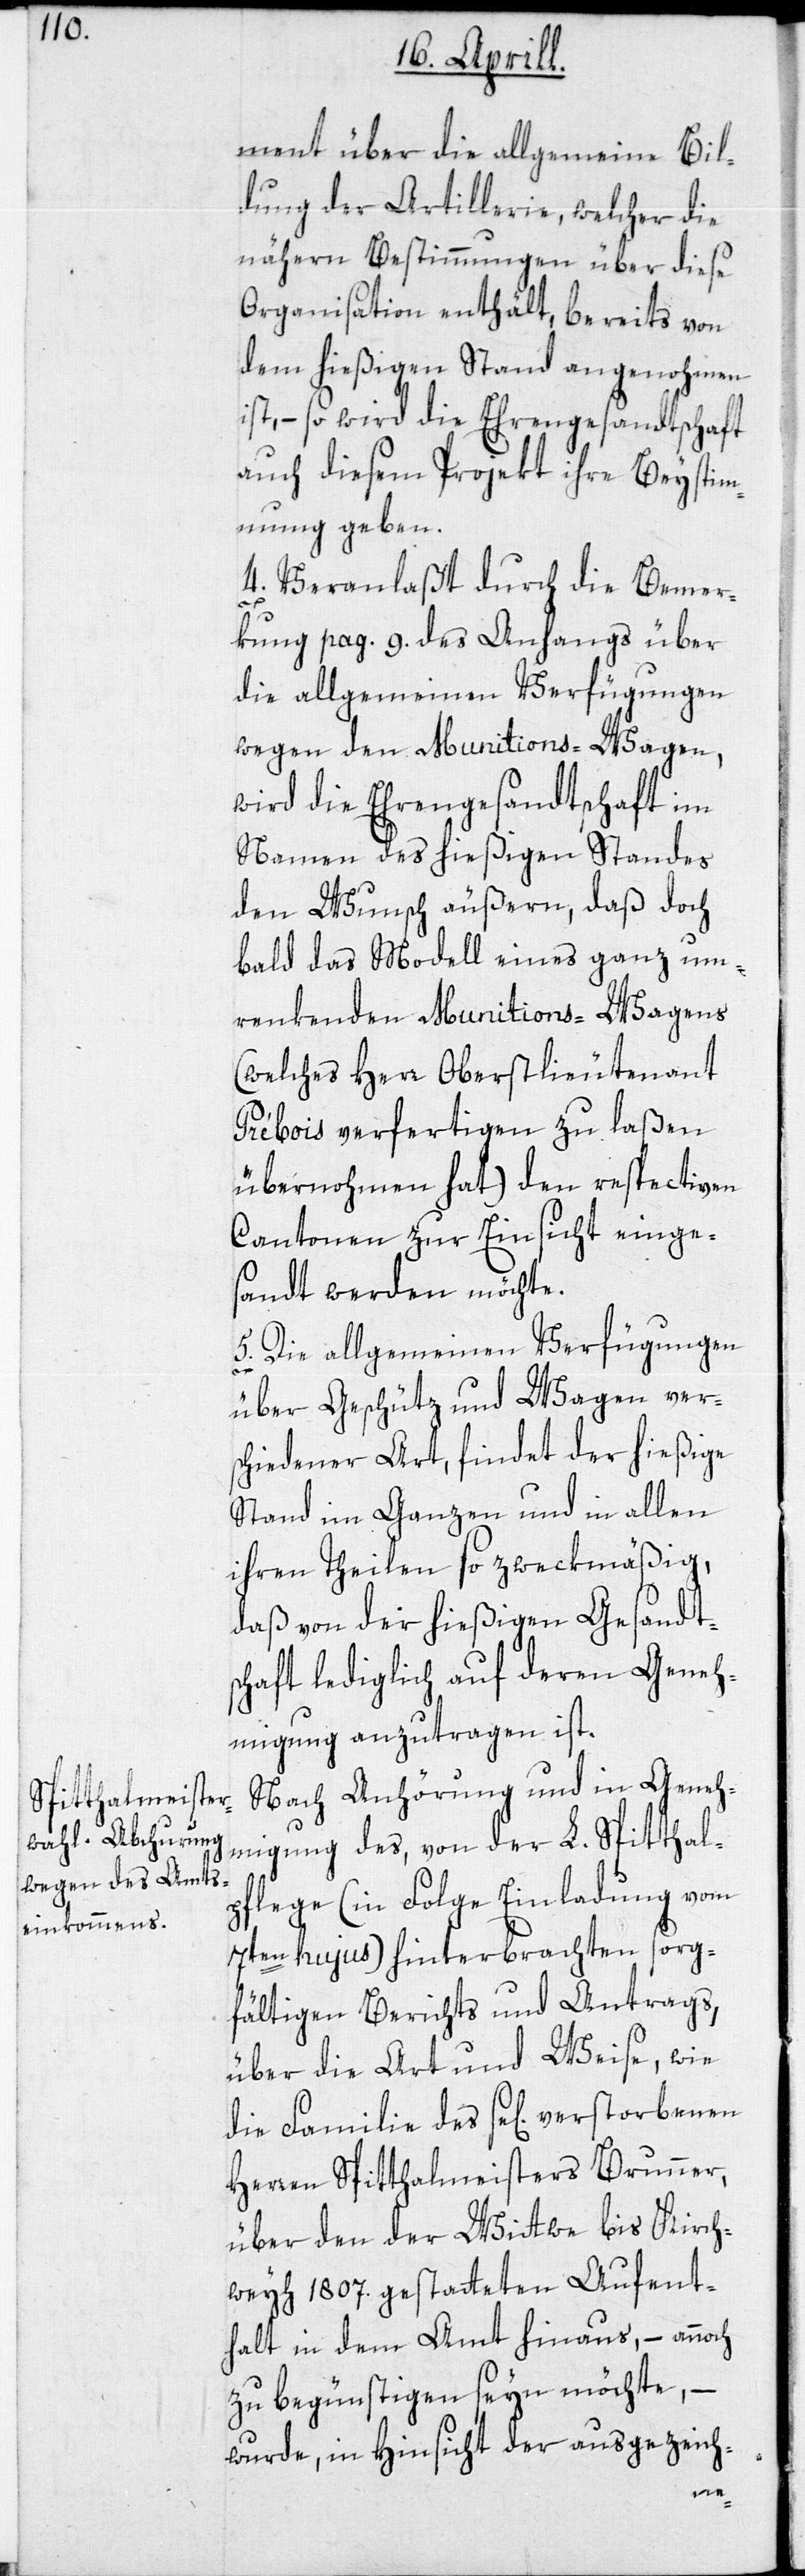
ment über die allgemeine Bil¬
dung der Artillerie, welcher die
nähern Bestimmungen über diese
Organisation enthält, bereits von
dem hießigen Stand angenohmen
ist, – so wird die Ehrengesandtschaft
auch diesem Projekt ihre Beystim¬
mung geben.
4. Veranlaßt durch die Bemer¬
kung pag. 9. des Anhangs über
die allgemeinen Verfügungen
wegen den Munitions-Wagen,
wird die Ehrengesandtschaft im
Namen des hießigen Standes
den Wunsch äußern, daß doch
bald das Modell eines ganz um¬
renkenden Munitions-Wagens
(welches Herr Oberstlieutenant
Prébois verfertigen zu laßen
übernohmen hat) den respectiven
Cantonen zur Einsicht einges¬
andt werden möchte.
5. Die allgemeinen Verfügungen
über Geschütz und Wagen vers¬
chiedener Art, findet der hießige
Stand im Ganzen und in allen
ihren Theilen so zweckmäßig,
daß von der hießigen Gesandt¬
schaft lediglich auf deren Geneh¬
migung anzutragen ist.
Nach Anhörung und in Geneh¬
migung des, von der L. Spitthal¬
pflege (in Folge Einladung vom
7ten hujus) hinterbrachten sorg¬
fältigen Berichts und Antrags,
über die Art und Weise, wie
die Familie des se[lig] verstorbenen
Herren Spitthalmeisters Brunner,
über den der Wittwe bis Kirch¬
weyh 1807. gestatteten Aufent¬
halt in dem Amt hinaus, – annoch
zu begünstigen seyn möchte, –
wurde, in Hinsicht der ausgezeich-